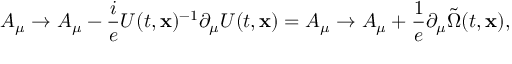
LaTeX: A _ { \mu } \to A _ { \mu } - \frac { i } { e } U ( t , { \bf x } ) ^ { - 1 } \partial _ { \mu } U ( t , { \bf x } ) = A _ { \mu } \to A _ { \mu } + \frac { 1 } { e } \partial _ { \mu } \tilde { \Omega } ( t , { \bf x } ) ,